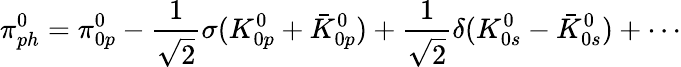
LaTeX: \pi_{ph}^{0}=\pi_{0p}^{0}-\frac{1}{\sqrt{2}}\sigma(K_{0p}^{0}+\bar{K}_{0p}^{0})+\frac{1}{\sqrt{2}}\delta(K_{0s}^{0}-\bar{K}_{0s}^{0})+\cdots